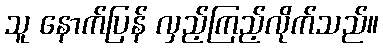
သူ နောက်ပြန် လှည့်ကြည့်လိုက်သည်။